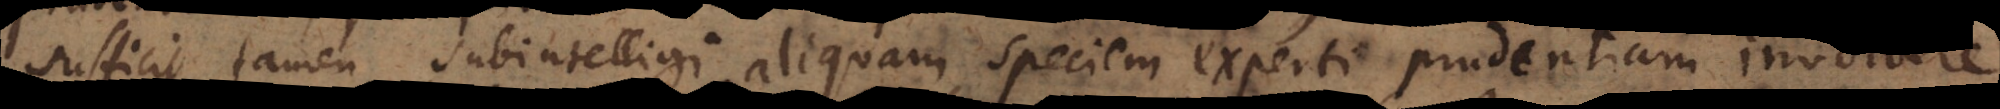
sufficit tamen subintelligi aliquam speciem experti prudentiam invo